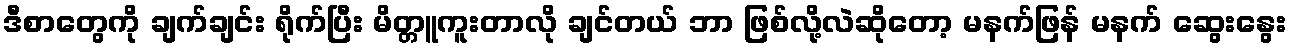
ဒီစာတွေကို ချက်ချင်း ရိုက်ပြီး မိတ္တူကူးတာလို ချင်တယ် ဘာ ဖြစ်လို့လဲဆိုတော့ မနက်ဖြန် မနက် ဆွေးနွေး